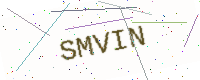
Text: SMVIN